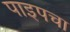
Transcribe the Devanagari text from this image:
पाइपचा